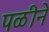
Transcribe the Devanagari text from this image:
पळीने